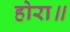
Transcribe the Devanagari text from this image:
होरा॥